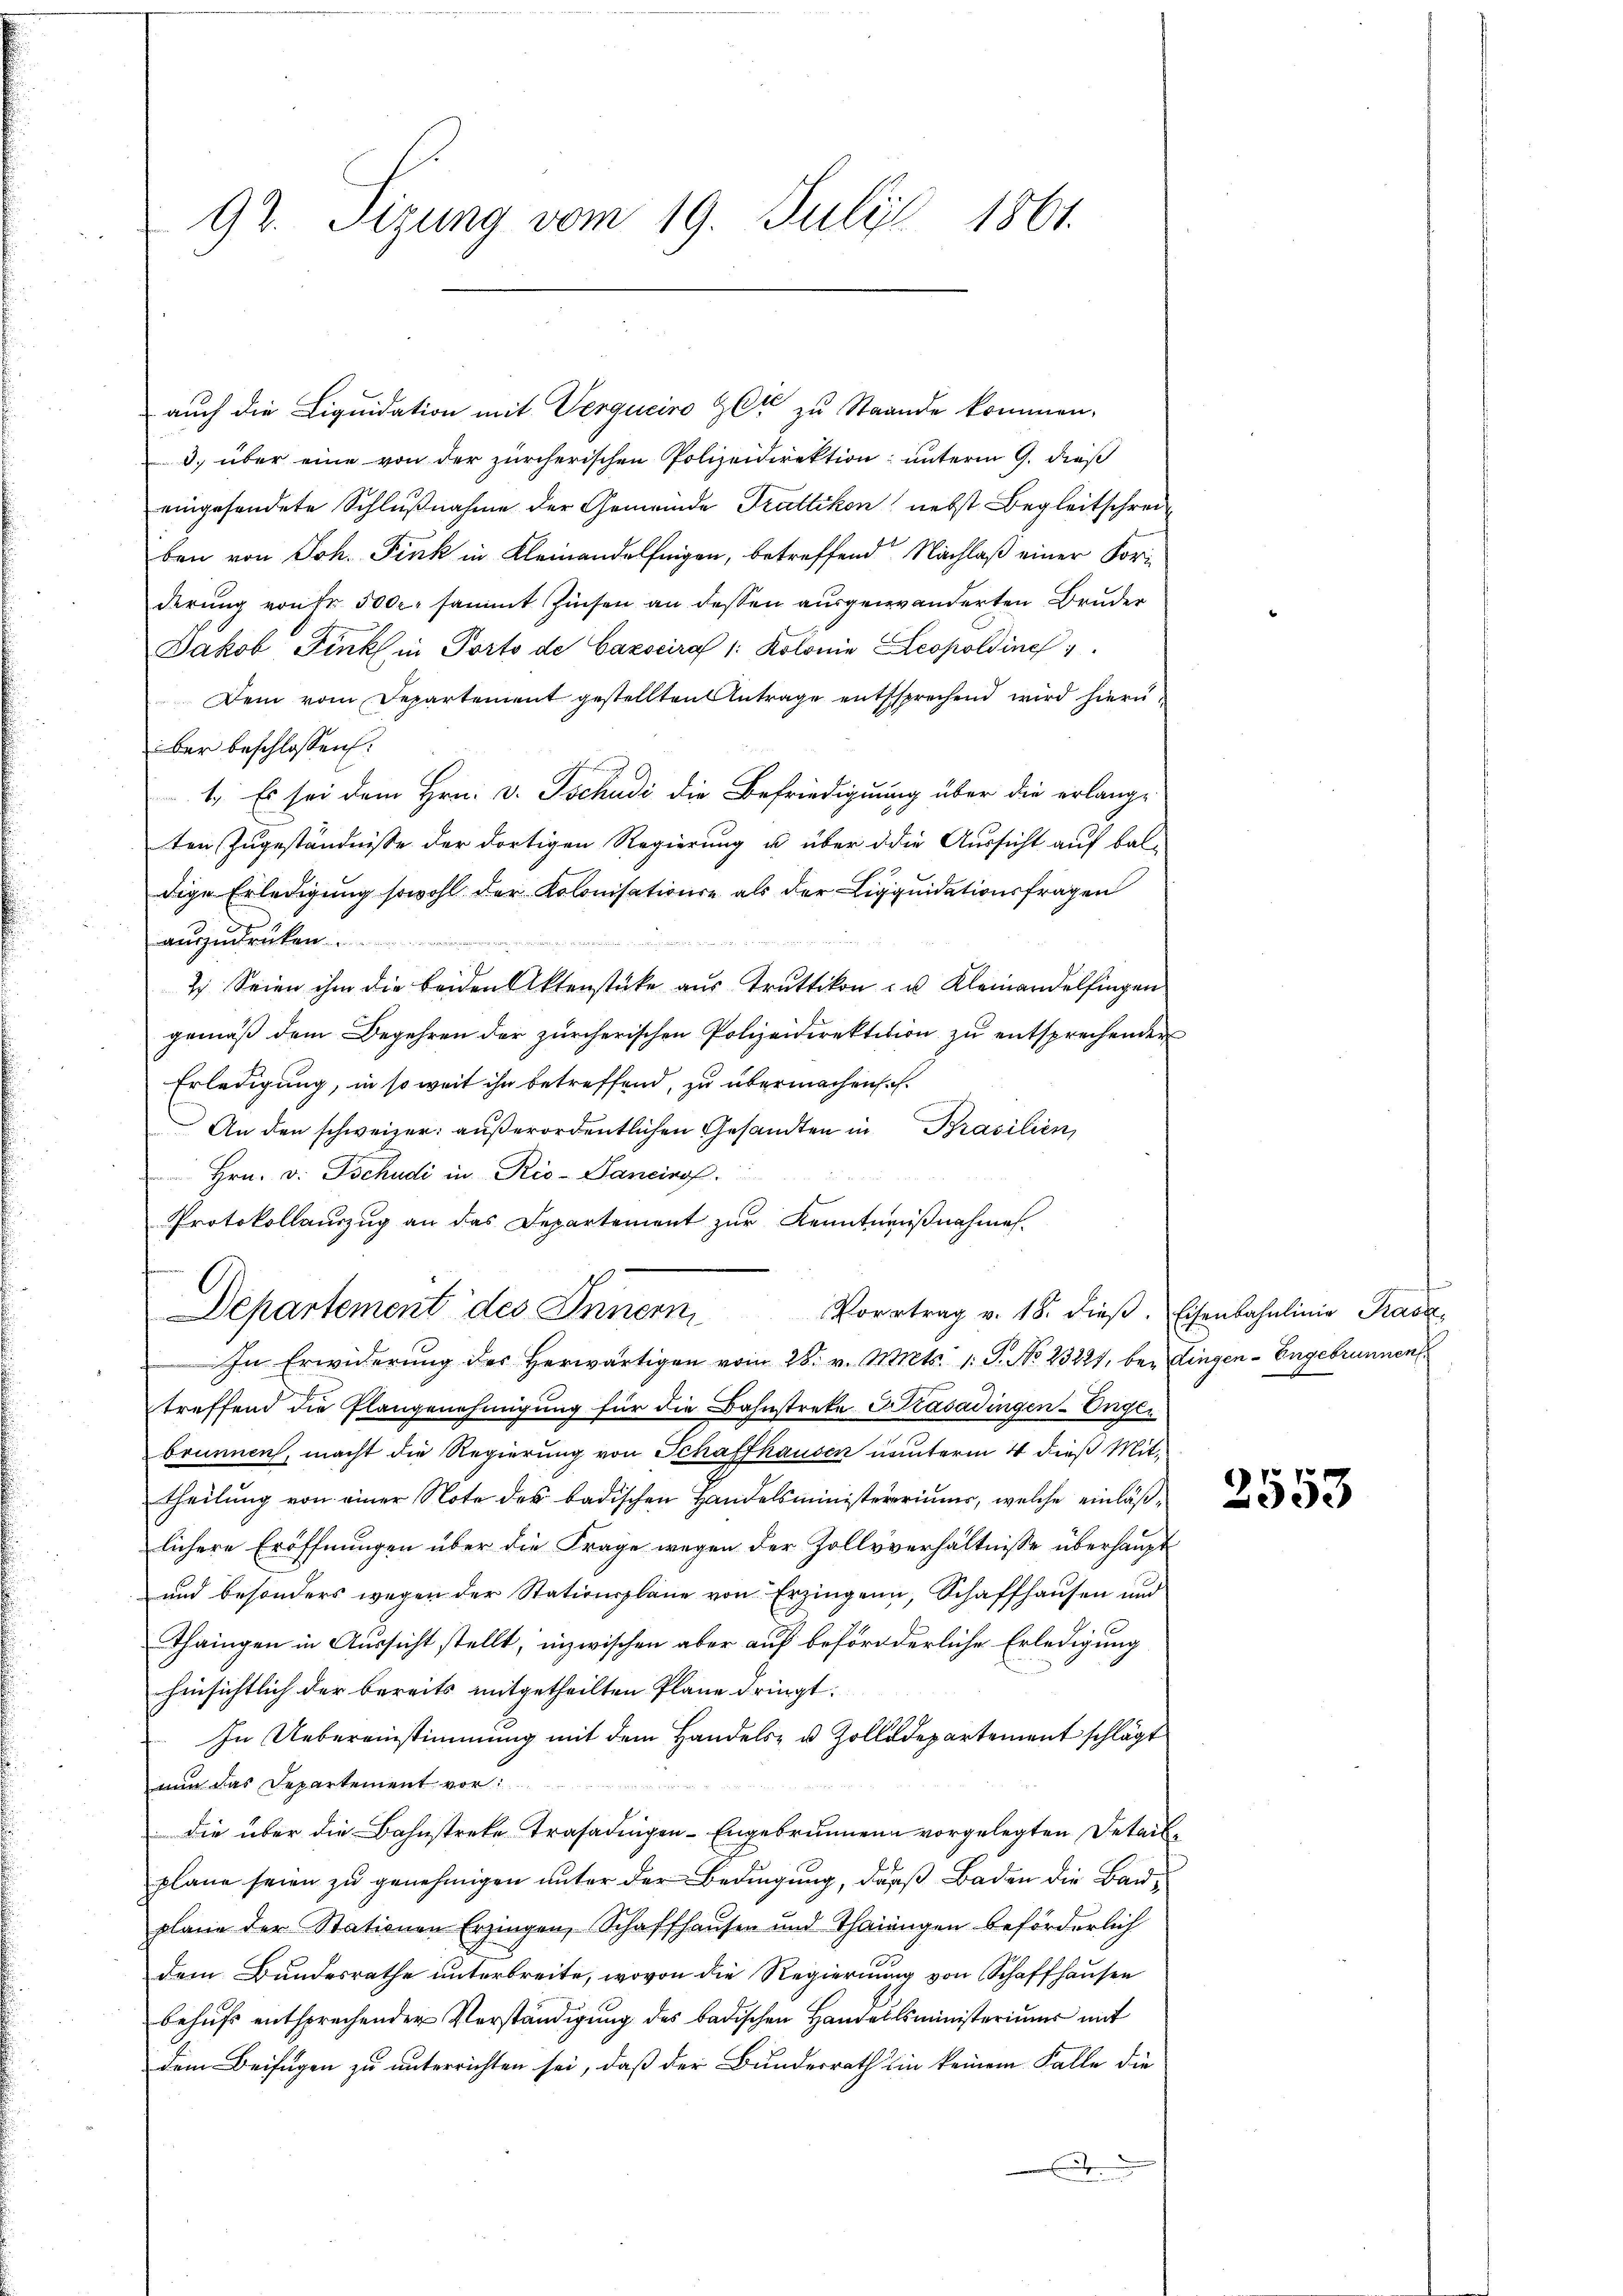
auch die Liquidation mit Verguciro Zeit zu Stande kommen,
3. über eine von der zürcherischen Polizeidirektion unterm 9. dieß
eingesandete Schlußnahme der Gemeinde Trattikon nebst Begleitschreiben von Joh. Fink in Kleinandelfingen, betreffend Nachlaß einer Foriderŭng von Fr. 500. sammt Zinsen an dessen ausgewanderten Bruder
Jakob Fink in Porto de Cazscira 1: Kolonie Leopoldine
Dem vom Departement gestellten Antrage entsprechend wird hierübar beschlossen:
1. Es sei dem Hrn. v. Tschudi die Befriedigung über die erlang-
ten Zugeständnisse der dortigen Regierung u. über die Aussicht auf bal-
dige Erledigung sowohl der Kolonisatione als der Liquidationsfragen
auszudrücken.

7 Seien ihm die beiden Aktenstücke aus Truttikon - u. Kleinandelfingen
gemäß dem Begehren der zürcherischen Polizeidirektition zŭ entsprechenden
Erledigung, in so weit ihn betreffend, zu übermachensch
An den schweizer: außerordentlichen Gesandten in Brasilien,
 Hrn. v. Tschudi in Rio-Pancinof
Protokollaŭzŭg an das Departement zŭr Kenntniβnahmes.
Departement des Innern, Vortrag v. 18. dieβ, Eisenbahnlinie Trasse
In Erwiderung des herwärtigen vom 28. v. Mts. 1. P. No 23221, bei Dingen - Engebrunnen
treffend die Plangenehmigung für die Bahnstreke Krasadingen-Unger
brunnen, macht die Regierung von Schaffhausen nunterm 4 dieß Mit-
theilung von einer Note des badischen Handelsministererinner, welche einläßlichere Eröffnungen über die Frage wegen der Zollsverhältnisse überhaupt
und besonders wegen der Stationsplane von Erzingen, Schaffhausen und
Thaingen in Aussicht stellt, inzwischen aber auf beförderliche Erledigung
hinsichtlich der bereits mitgetheilten Plane dringt.
In Uebereinstimmung mit dem Handels- u. Zolldepartement schlägt
nun das Departement vor:

die über die Bahnstreke Trasadingen-Engebrunnen vorgelegten Detailplane seien zu genehmigen unter der Bedingung, dass Baden die Bauplane der Stationen Erzingen, Schaffhausen und Thainngen beförderlich
dem Bundesrathe unterbreite, wovon die Regierung von Schaffhausen
behufs entsprechender Vorständigung des badischen Handelsministeriums mit
dem Beifügen zu unterrichten sei, daß der Bundesrath ein keinem Falle die

92. Sizung vom 19. Juli 1861.

e

).
353